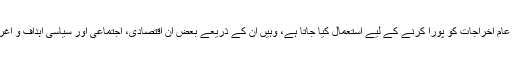
ان ٹیکسوں سے ہونے والی مجموعی آمدنی کو جہاں حکومت کے عام اخراجات کو پورا کرنے کے لیے استعمال کیا جاتا ہے، وہیں ان کے ذریعے بعض ان اقتصادی، اجتماعی اور سیاسی اہداف و اغراض کو حاصل کیا جاتا ہے جو حکومت کے پیش نظر ہوتے ہیں۔